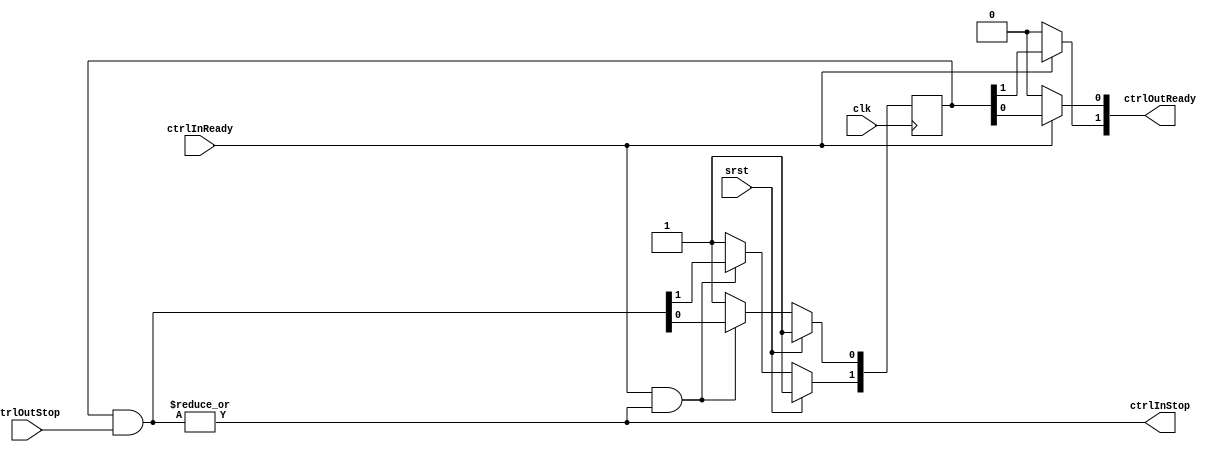
//
// Copyright 2017 ReconfigureIO
//
// Licensed under the Apache License, Version 2.0 (the "License");
// you may not use this file except in compliance with the License.
// You may obtain a copy of the License at
//
//     http://www.apache.org/licenses/LICENSE-2.0
//
// Unless required by applicable law or agreed to in writing, software
// distributed under the License is distributed on an "AS IS" BASIS,
// WITHOUT WARRANTIES OR CONDITIONS OF ANY KIND, either express or implied.
// See the License for the specific language governing permissions and
// limitations under the License.//
//

//
// Implementation of a SELF based dataflow 'fork' controller using pipelined
// eager forwarding. It manages the SELF handshakes for a configurable number
// of pass-through outputs.
//

`timescale 1ns/1ps

module smiSelfFlowForkControl
  (ctrlInReady, ctrlInStop, ctrlOutReady, ctrlOutStop, clk, srst);

// Specifies the number of fork output branches.
parameter NumPorts = 2;

// Specifies the clock and active high synchronous reset signals.
input clk;
input srst;

// Specifies the 'upstream' control input ports.
input  ctrlInReady;
output ctrlInStop;

// Specifies the 'downstream' control output ports.
output [NumPorts-1:0] ctrlOutReady;
input  [NumPorts-1:0] ctrlOutStop;

// Specifies eager fork control signal.
reg                ctrlInHalt;
reg [NumPorts-1:0] ctrlOutValid;
reg [NumPorts-1:0] eagerValid_d;
reg [NumPorts-1:0] eagerValid_q;

// Miscellaneous signals.
integer i;

// Implement combinatorial logic for eager fork handshake.
always @(ctrlInReady, ctrlOutStop, eagerValid_q)
begin

  // Stop the input on any stopped output.
  ctrlInHalt = |(eagerValid_q & ctrlOutStop);

  // Clear the eager valid flags as their respective outputs complete.
  if (ctrlInReady & ctrlInHalt)
    eagerValid_d = eagerValid_q & ctrlOutStop;
  else
    for (i = 0; i < NumPorts; i = i + 1)
      eagerValid_d [i] = 1'b1;

  // Drive the valid output lines on a valid input.
  if (ctrlInReady)
    ctrlOutValid = eagerValid_q;
  else
    for (i = 0; i < NumPorts; i = i + 1)
      ctrlOutValid [i] = 1'b0;

end

// Implement sequential logic for eager fork handshake.
always @(posedge clk)
begin
  if (srst)
    for (i = 0; i < NumPorts; i = i + 1)
      eagerValid_q [i] <= 1'b1;
  else
    eagerValid_q <= eagerValid_d;
end

// Assign outputs.
assign ctrlInStop = ctrlInHalt;
assign ctrlOutReady = ctrlOutValid;

endmodule